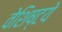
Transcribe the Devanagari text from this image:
वेशिष्टये